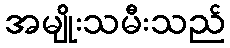
အမျိုးသမီးသည်